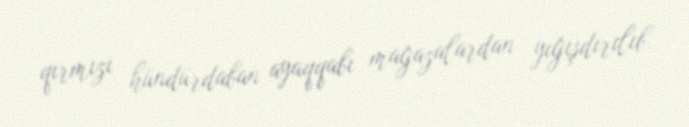
qırmızı hündürdaban ayaqqabı mağazalardan yığışdırılıb.